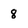
Character: 8